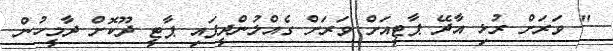
" ވަރަށް ރުޅި އާދޭ ޕާޓީއަށް ވަރަށް ގެއްލުންދީފައި ޕާޓީ ދޫކޮށް ދާމީހުން